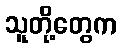
သူတို့တွေက